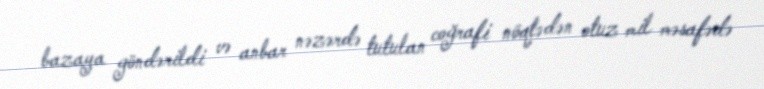
bazaya göndərildi və anbar nəzərdə tutulan coğrafi nöqtədən otuz mil məsafədə